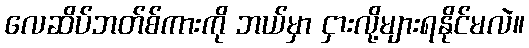
လေဆိပ်ဘတ်စ်ကားကို ဘယ်မှာ ငှားလို့များရနိုင်မလဲ။